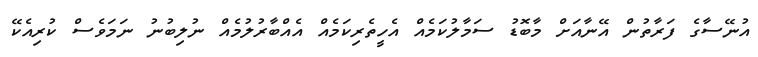
އުނޭސާގެ ފަރާތުން އޭނާއަށް މާބޮޑު ސަމާލުކަމެއް އެހީތެރިކަމެއް އެއްބާރުލުމެއް ނުލިބުނު ނަމަވެސް ކުރިއެކޭ